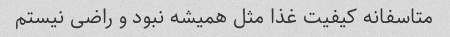
متاسفانه کیفیت غذا مثل همیشه نبود و راضی نیستم